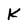
Character: K